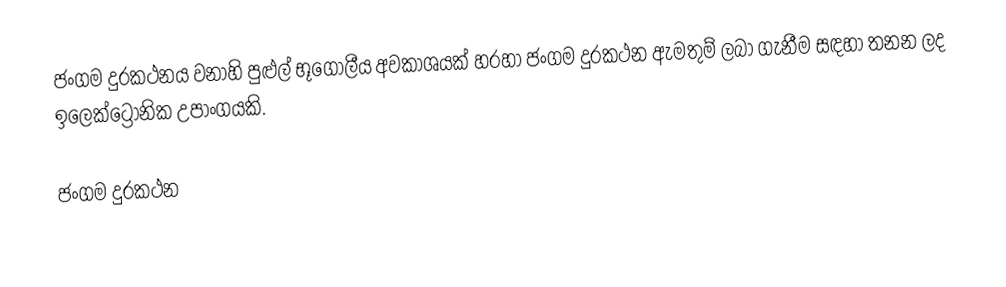
ජංගම දුරකථනය වනාහි පුළුල් භූගෝලීය අවකාශයක් හරහා ජංගම දුරකථන ඇමතුම් ලබා ගැනීම සඳහා තනන ලද ඉලෙක්ට්‍රොනික උපාංගයකි.

ජංගම දුරකථන